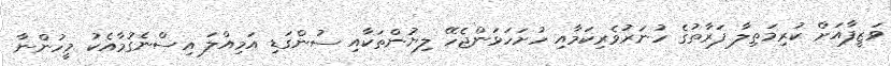
ވަޒީފާއަށް ކުރިމަތިލާ ފަރާތުގެ ހުނަރުވެރިކަމާއި ހުށަހަޅަންޖެހޭ ލިޔުންތަކާއި ސުންގަޑި އަމިއްލަ އިސްނެގުމާއެކު މީހުންނާ